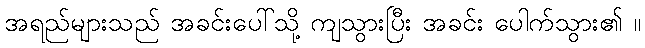
အရည်များသည် အခင်းပေါ်သို့ ကျသွားပြီး အခင်း ပေါက်သွား၏ ။